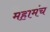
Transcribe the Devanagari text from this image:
महामंच